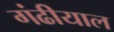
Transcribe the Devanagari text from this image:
गंढीयाल